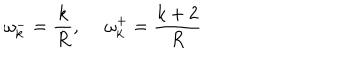
\omega _ { k } ^ { - } = \frac { k } { R } , ~ ~ \omega _ { k } ^ { + } = \frac { k + 2 } { R }